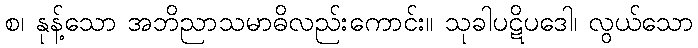
စ၊ နုန့်သော အဘိညာသမာဓိလည်းကောင်း။ သုခါပဋိပဒေါ၊ လွယ်သော